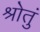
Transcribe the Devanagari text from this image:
श्रोतुं